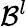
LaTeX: \mathcal{B}^{l}